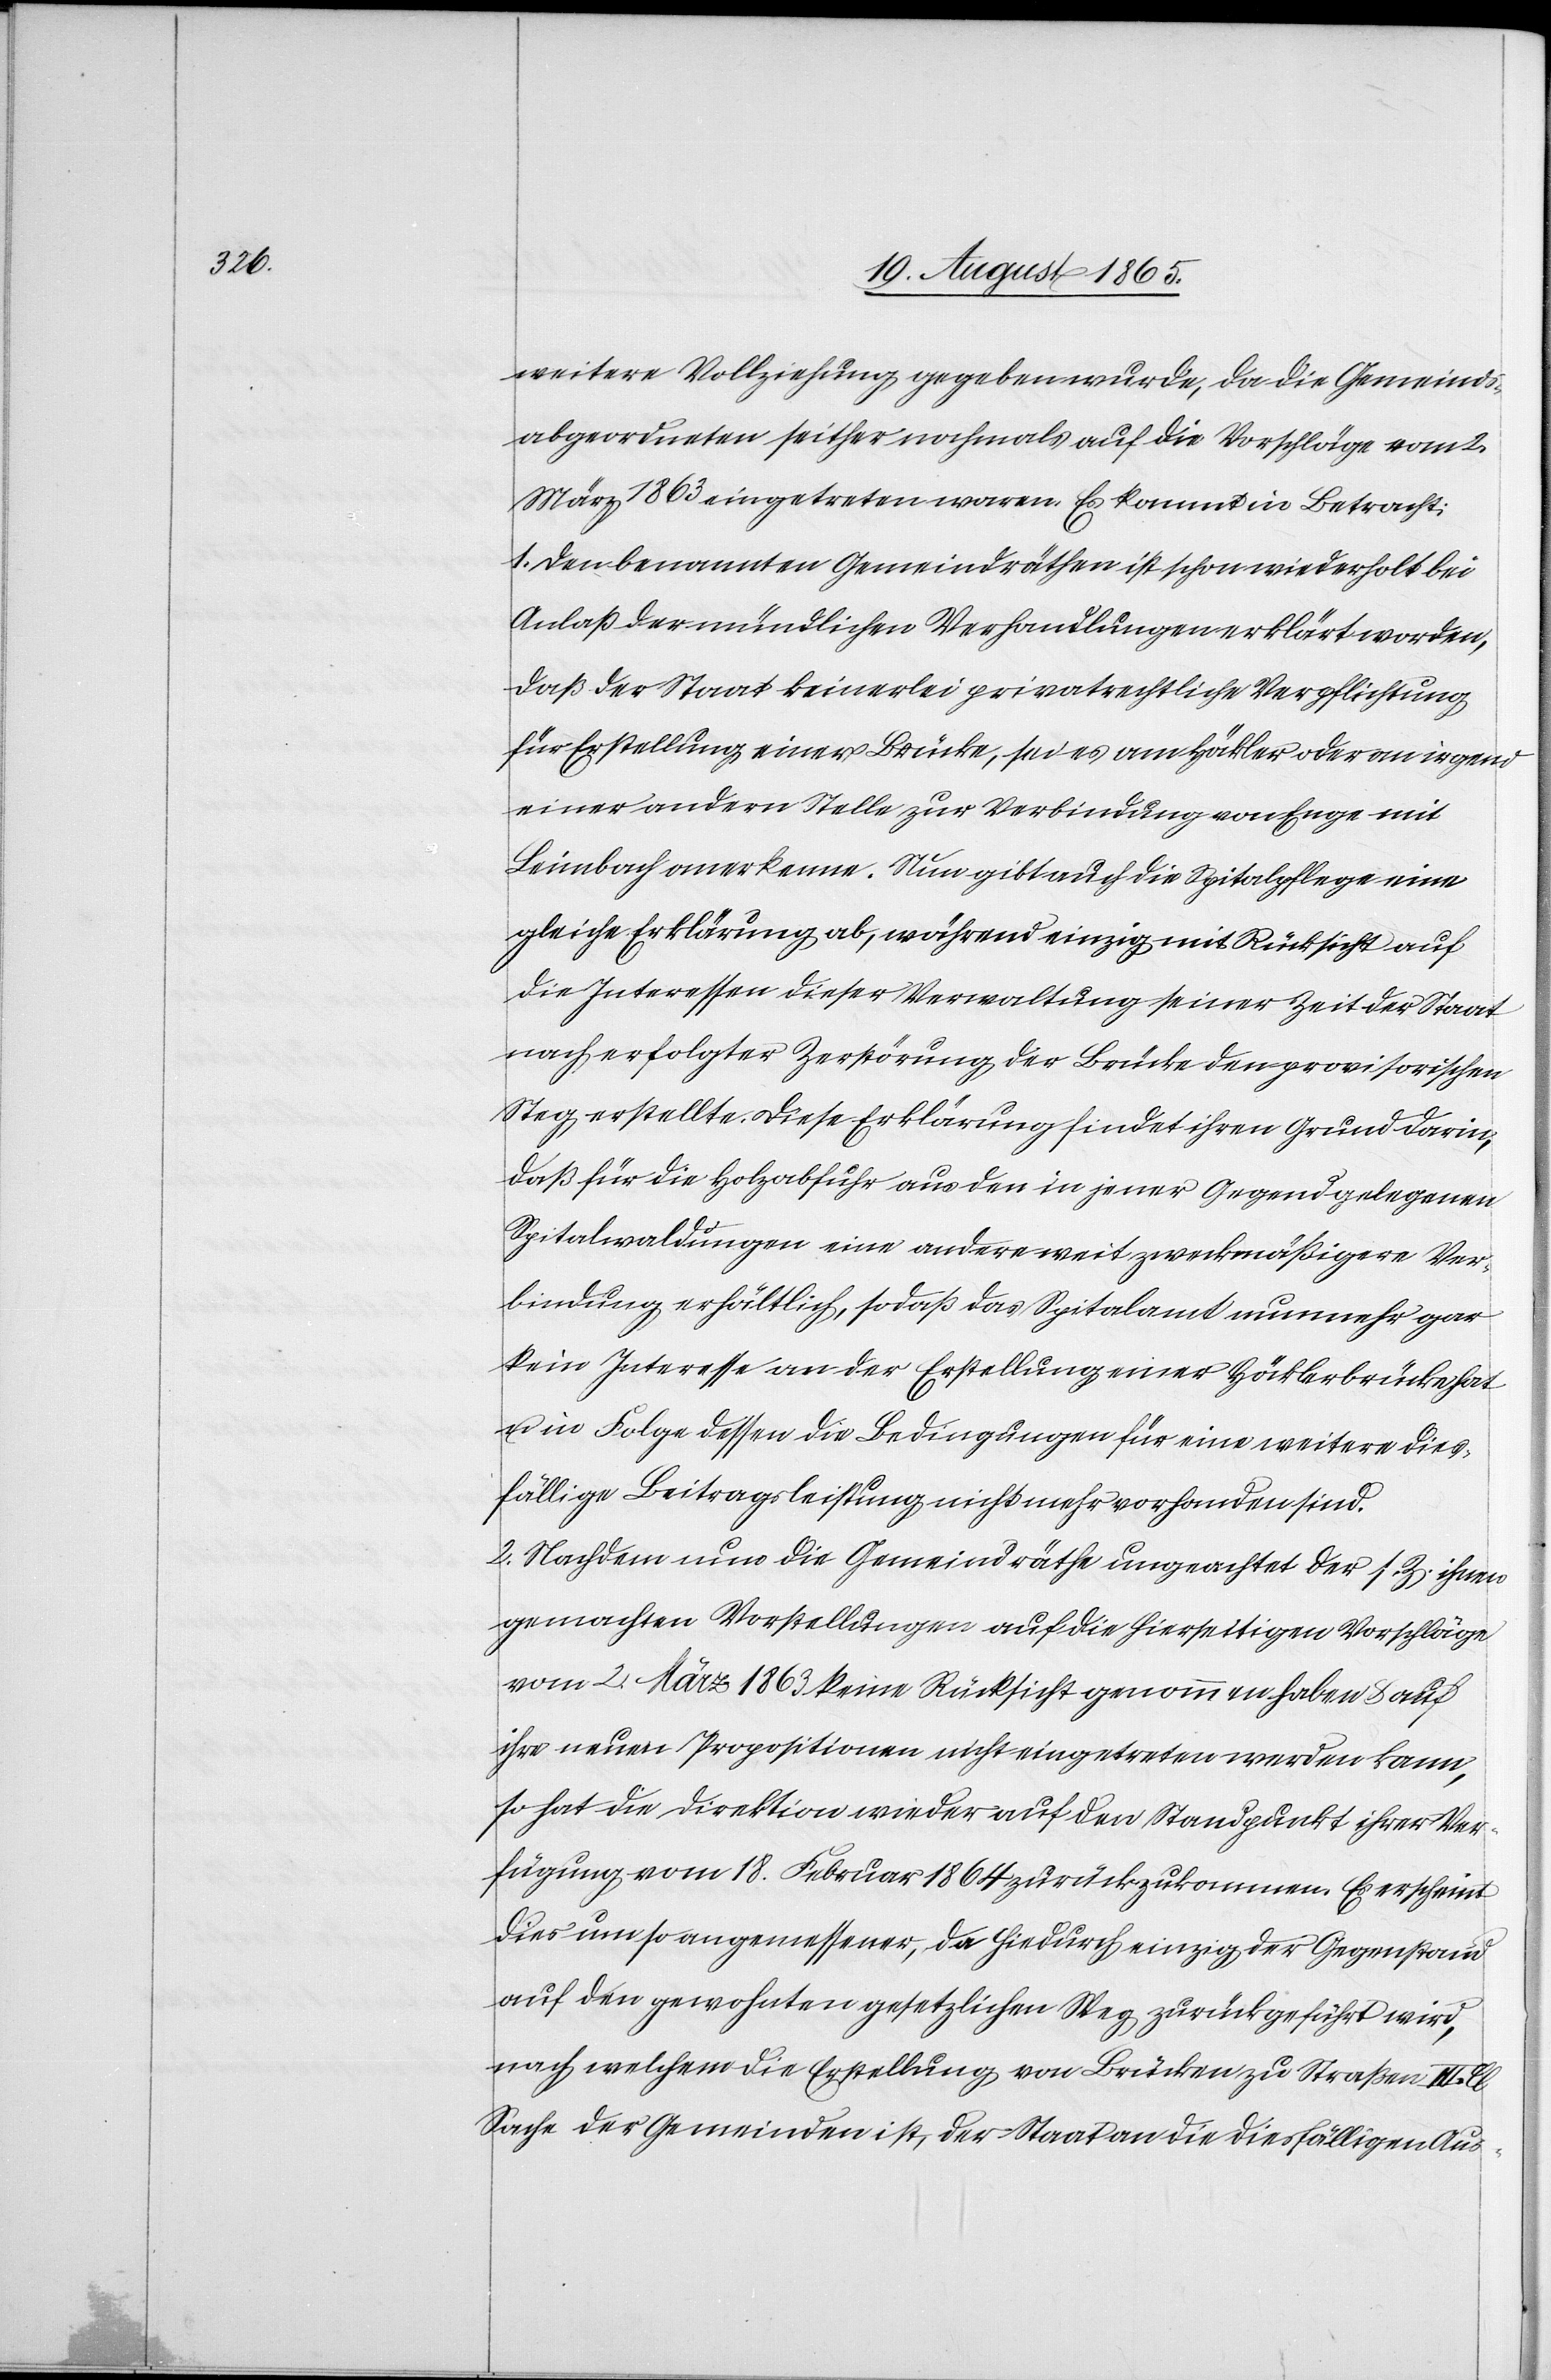
1863

weitere Vollziehung gegeben wurde, da die Gemeinds¬
abgeordneten seither nochmals auf die Vorschläge vom 2.
1. Den benannten Gemeindräthen ist schon wiederholt bei
Anlaß der mündlichen Verhandlungen erklärt worden,
daß der Staat keinerlei privatrechtliche Verpflichtung
für Erstellung einer Brücke, sei es am Höckler oder an irgend
einer andern Stelle zur Verbindung von Enge mit
Leimbach anerkenne. Nun gibt auch die Spitalpflege eine
gleiche Erklärung ab, während einzig mit Rücksicht auf
die Interessen dieser Verwaltung seiner Zeit der Staat
nach erfolgter Zerstörung der Brücke den provisorischen
Steg erstellte. Diese Erklärung findet ihren Grund darin,
daß für die Holzabfuhr aus den in jener Gegend gelegenen
Spitalwaldungen eine andere weit zweckmäßigere Ver¬
bindung erhältlich, so daß das Spitalamt nunmehr gar
kein Interesse an der Erstellung einer Höcklerbrücke hat
u. in Folge dessen die Bedingungen für eine weitere dies¬
fällige Beitragsleistung nicht mehr vorhanden sind.
2. Nachdem nun die Gemeindräthe ungeachtete der s. Z. ihnen
gemachten Vorstellungen auf die hierseitigen Vorschläge
vom 2. März 1863 keine Rücksicht genommen haben u. auf
ihre neuen Propositionen nicht eingetreten werden kann,
so hat die Direktion wieder auf den Standpunkt ihrer Ver¬
fügung vom 18. Februar 1864 zurückzukommen. Es erscheint
dies um so angemessener, da hiedurch einzig der Gegenstand
auf den gewohnten gesetzlichen Weg zurückgeführt wird,
nach welchem die Erstellung von Brücken zu Straßen III.
Sache der Gemeinden ist, der Staat an die diesfälligen Aus-